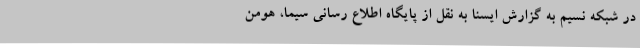
در شبکه نسیم به گزارش ایسنا به نقل از پایگاه اطلاع رسانی سیما، هومن